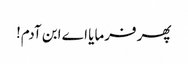
پھر فرمایا اے ابن آدم!